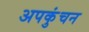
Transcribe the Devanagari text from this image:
अपकुंचन